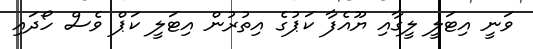
ވަނީ އިޓަލީ ލީގާއި ޔޫއެފާ ކަޕުގެ އިތުރުން އިޓަލީ ކަޕް ވެސް ހޯދައި